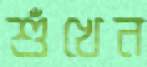
শুঁখেন